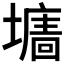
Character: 𡒅